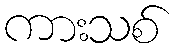
ကားသစ်